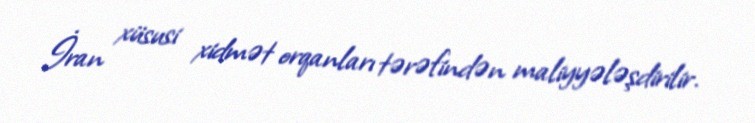
İran xüsusi xidmət orqanları tərəfindən maliyyələşdirilir.